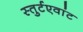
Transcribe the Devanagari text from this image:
स्तुर्टएवांट